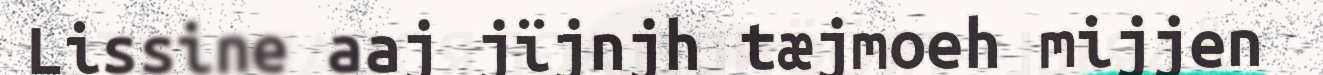
Lissine aaj jïjnjh tæjmoeh mijjen